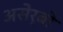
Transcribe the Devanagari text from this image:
असेर्बो